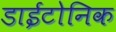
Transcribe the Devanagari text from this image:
डाईटोनिक